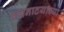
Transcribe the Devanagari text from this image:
वगनाटयाच्या